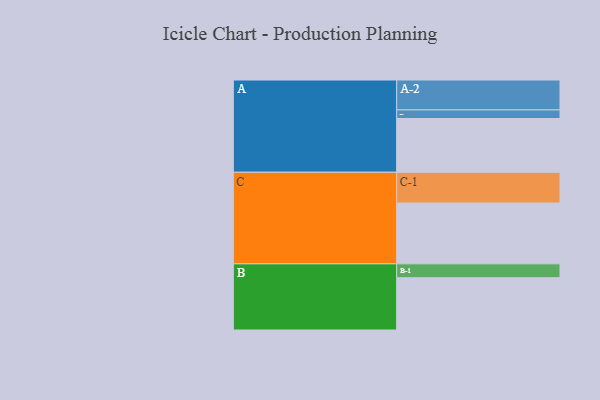
{"axis": {"x": "Segment", "y": "Value"}, "legend": ["", "A", "B", "C"], "data": [{"x": "A", "y": 480, "type": ""}, {"x": "B", "y": 467, "type": ""}, {"x": "C", "y": 543, "type": ""}, {"x": "A-1", "y": 77, "type": "A"}, {"x": "A-2", "y": 267, "type": "A"}, {"x": "B-1", "y": 124, "type": "B"}, {"x": "C-1", "y": 275, "type": "C"}]}